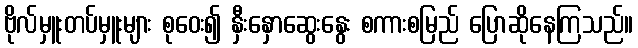
ဗိုလ်မှူးတပ်မှူးများ စုဝေး၍ နှီးနှောဆွေးနွေး စကားစမြည် ပြောဆိုနေကြသည်။